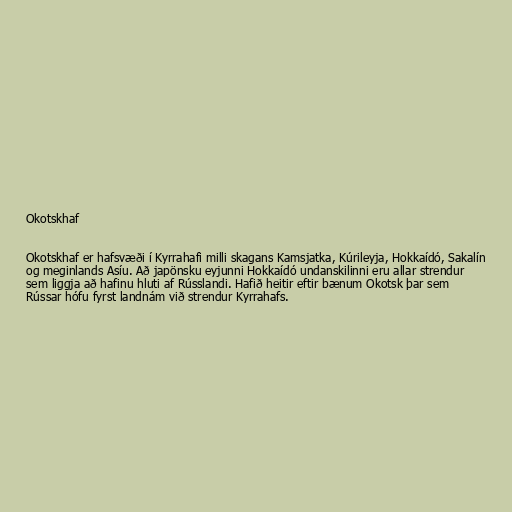
Okotskhaf

Okotskhaf er hafsvæði í Kyrrahafi milli skagans Kamsjatka, Kúrileyja, Hokkaídó, Sakalín
og meginlands Asíu. Að japönsku eyjunni Hokkaídó undanskilinni eru allar strendur
sem liggja að hafinu hluti af Rússlandi. Hafið heitir eftir bænum Okotsk þar sem
Rússar hófu fyrst landnám við strendur Kyrrahafs.